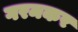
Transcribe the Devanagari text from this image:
गरमकर